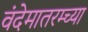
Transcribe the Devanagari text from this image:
वंदेमातरम्च्या